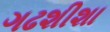
ગઢશીશા